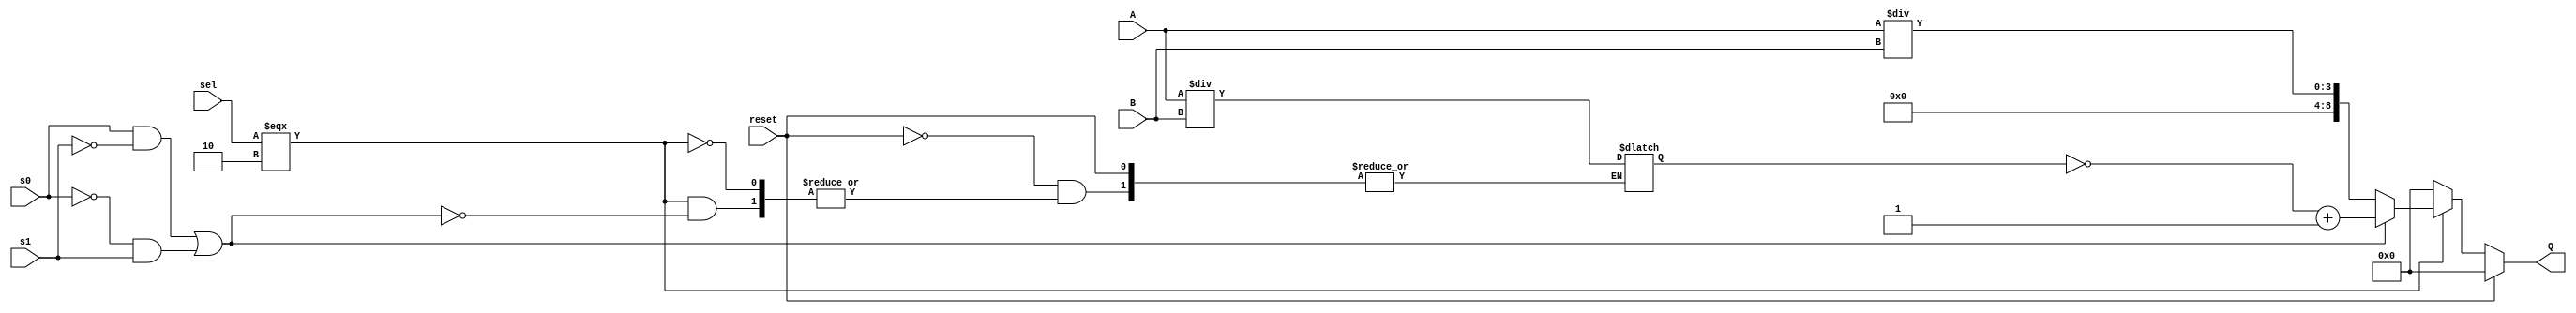
module Divider(A, B, Q, s0, s1, sel, reset);
    
    output [8:0]Q;
    input [3:0]A, B;
    input s0, s1, reset;
    input [1:0]sel;
    
    reg [7:0]Qr;
    reg [8:0]Q;
    
    always @(*)
        begin
			if(reset)
				begin
					Q <= 9'b0;
				end
			else
			    begin
			         if(sel === 2'b10)
                        begin
                            if((s0 && ~s1) || (~s0 && s1))
										begin
                                Qr <= A/B;
										  Q <= ((~Qr)+1);
										 end
  
                            else
                                Q <={0, A/B};
                        end
                     else
                        begin
                            Q <= 9'b0;
                        end
                 end
		  //Q <= {temp, Qr};
        end
endmodule